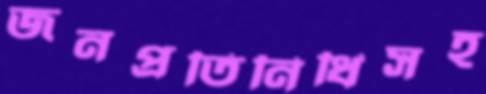
জনপ্রতিনিধিসহ